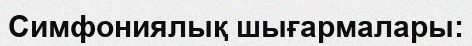
Симфониялық шығармалары: